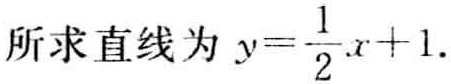
所求直线为 \(y=\frac{1}{2}x + 1\).